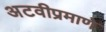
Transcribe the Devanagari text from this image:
अटवीप्रमाणे